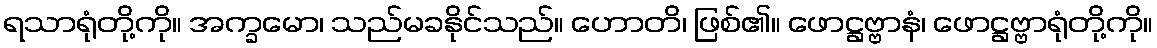
ရသာရုံတို့ကို။ အက္ခမော၊ သည်မခနိုင်သည်။ ဟောတိ၊ ဖြစ်၏။ ဖောဋ္ဌဗ္ဗာနံ၊ ဖောဋ္ဌဗ္ဗာရုံတို့ကို။